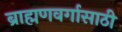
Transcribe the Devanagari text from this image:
ब्राह्मणवर्गासाठी